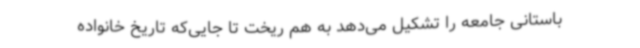
باستانی جامعه را تشکیل می‌دهد به هم ریخت تا جایی‌که تاریخ خانواده